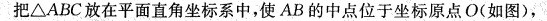
把\bigtriangleup ABC放在平面直角坐标系中，使AB的中点位于坐标原点O(如图)，